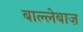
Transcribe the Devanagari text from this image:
बाल्लेबाज़